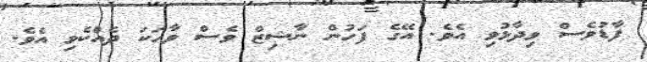
ފާޑުވެސް ވިދާޅުވި އެވެ. އޭގެ ފަހުން ނާޝިޒް ވެސް ވާހަކަ ދެއްކެވި އެވެ.